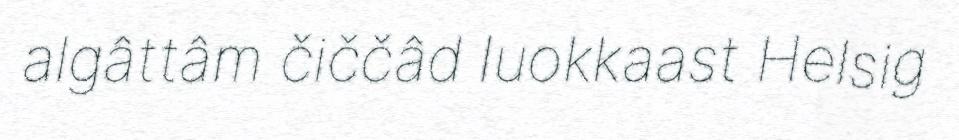
algâttâm čiččâd luokkaast Helsig